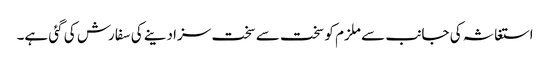
استغاثہ کی جانب سے ملزم کو سخت سے سخت سزا دینے کی سفارش کی گئی ہے۔